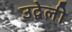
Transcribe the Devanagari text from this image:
उद्वेली